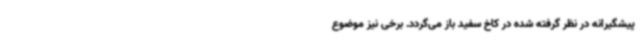
پیشگیرانه در نظر گرفته شده در کاخ سفید باز می‌گردد. برخی نیز موضوع